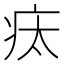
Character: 𤵉